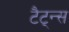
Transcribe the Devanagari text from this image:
टैट्न्स